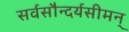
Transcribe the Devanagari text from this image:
सर्वसौन्दर्यसीमन्